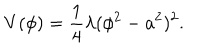
V ( \phi ) = \frac { 1 } { 4 } \lambda ( \phi ^ { 2 } - a ^ { 2 } ) ^ { 2 } .